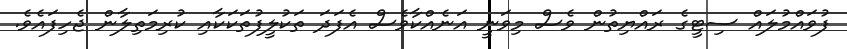
ފުވައްމުލައް ސިޓީގެ ރައްޔިތުން ވެސް މިވަނީ އަނެއްކާވެސް އެފަދަ ތަކުލީފުތަކަކާއި ކުރިމަތިލާން ޖެހިފައެވެ.